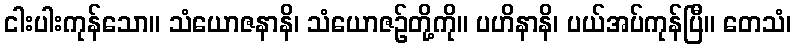
ငါးပါးကုန်သော။ သံယောဇနာနိ၊ သံယောဇဉ်တို့ကို။ ပဟိနာနိ၊ ပယ်အပ်ကုန်ပြီ။ တေသံ၊